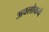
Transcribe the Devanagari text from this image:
अवलोकने